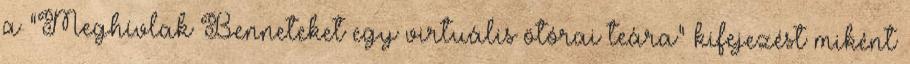
a "Meghívlak Benneteket egy virtuális ötórai teára" kifejezést miként